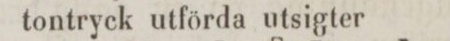
tontryck utförda utsigter 3: 50.